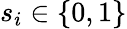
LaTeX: s_{i}\in\{ 0,1\}